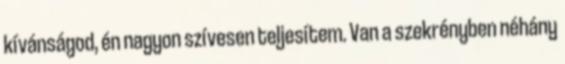
kívánságod, én nagyon szívesen teljesítem. Van a szekrényben néhány